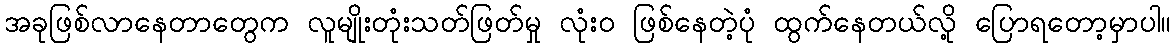
အခုဖြစ်လာနေတာတွေက လူမျိုးတုံးသတ်ဖြတ်မှု လုံးဝ ဖြစ်နေတဲ့ပုံ ထွက်နေတယ်လို့ ပြောရတော့မှာပါ။